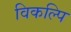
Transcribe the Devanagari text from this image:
विकल्पि